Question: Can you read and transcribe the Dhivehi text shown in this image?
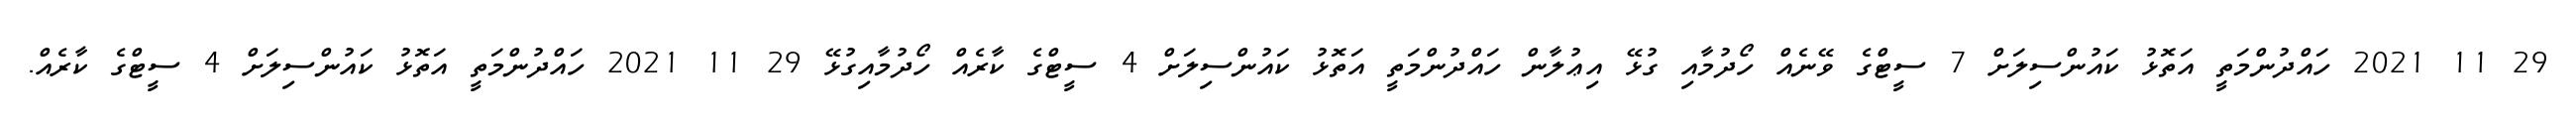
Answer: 29 11 2021 ހައްދުންމަތީ އަތޮޅު ކައުންސިލަށް 7 ސީޓްގެ ވޭނެއް ހޯދުމާއި ގުޅޭ އިޢުލާން ހައްދުންމަތީ އަތޮޅު ކައުންސިލަށް 4 ސީޓްގެ ކާރެއް ހޯދުމާއިގުޅޭ 29 11 2021 ހައްދުންމަތީ އަތޮޅު ކައުންސިލަށް 4 ސީޓްގެ ކާރެއް.